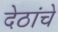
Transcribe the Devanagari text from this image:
देठांचे